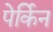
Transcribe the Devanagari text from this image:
पेर्किन